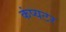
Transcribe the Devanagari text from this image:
कंप्यटर